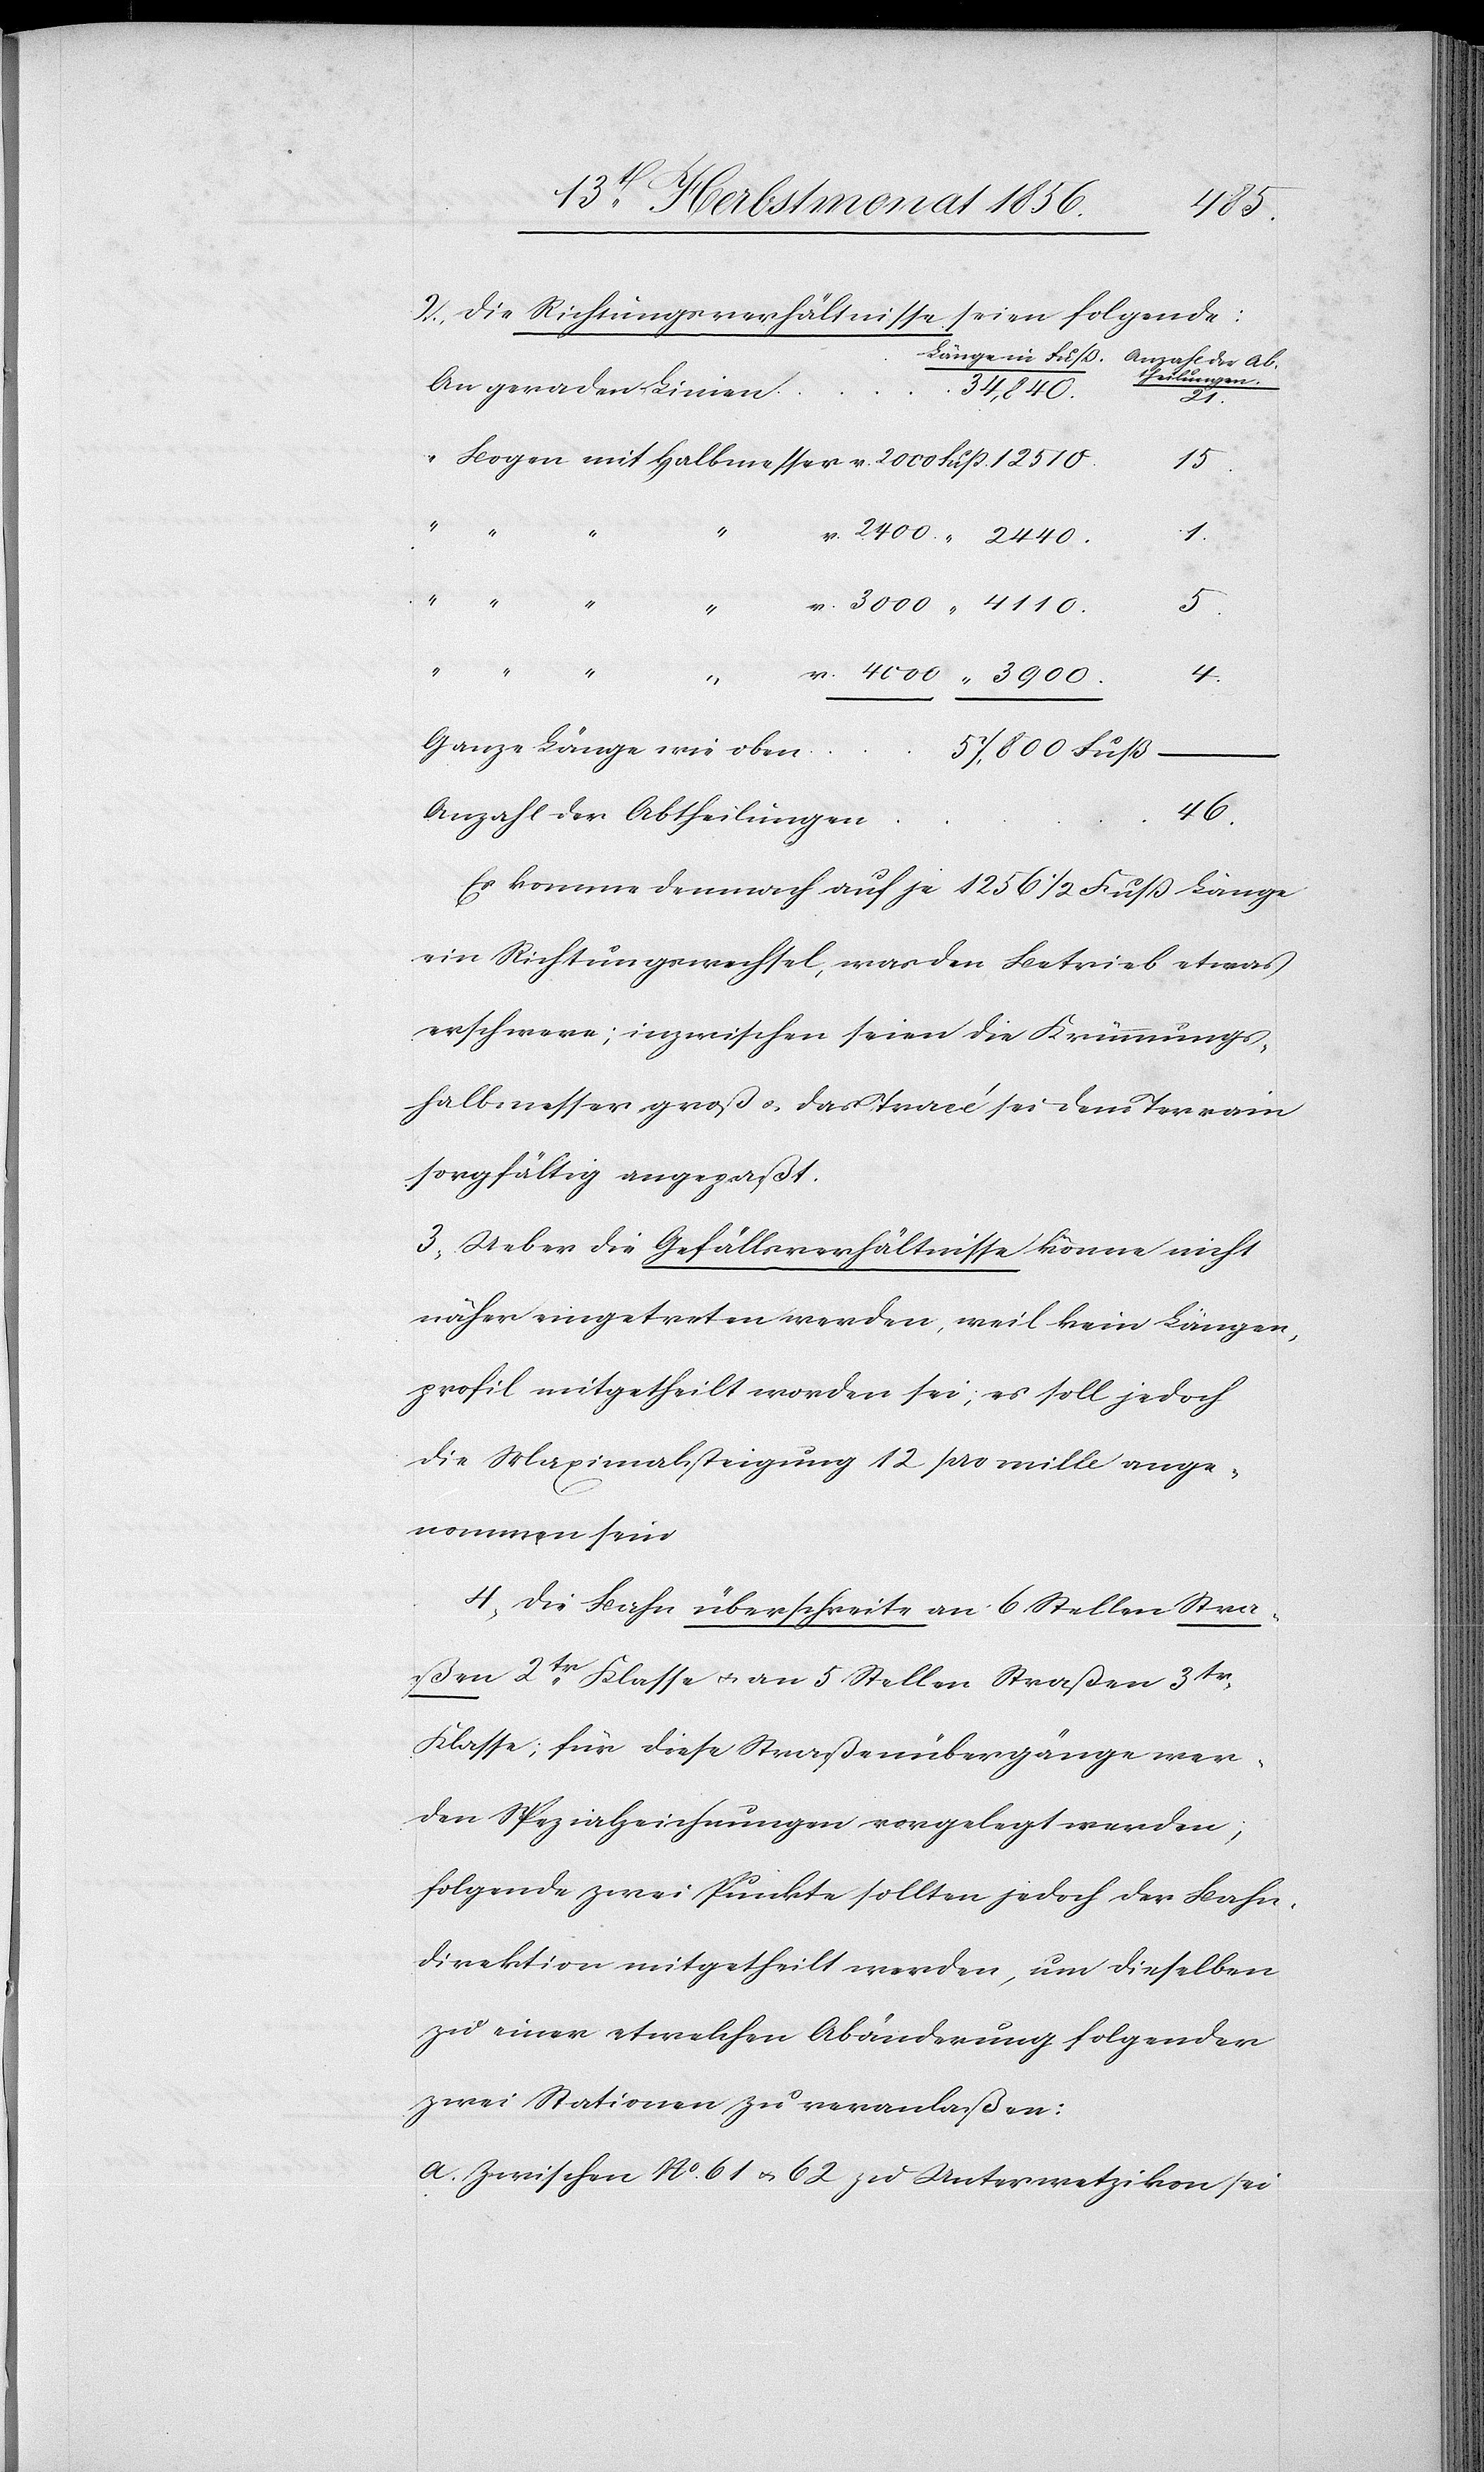
4000
2.) Die Richtungsverhältnisse seien folgende:
theilungen.
34,840.
3900.
2440.
15.
v.
v.
5.
Halbmesser
4.
Ganze Länge wie oben
57,800 Fuß
46.
Anzahl der Abtheilungen
Es komme demnach auf je 1256 ½ Fuß Länge
ein Richtungswechsel, was den Betrieb etwas
erschwere; inzwischen seien die Krümmungs¬
halbmesser groß u. das Tracé sei dem Terrain
sorgfältig angepaßt.
3.) Ueber die Gefällsverhältnisse könne nicht
näher eingetreten werden, weil kein Längen¬
profil mitgetheilt worden sei; es soll jedoch
die Maximalsteigung 12 pro mille ange¬
nommen sein.
4.) Die Bahn überschreite an 6 Stellen Stra¬
ßen 2tr Klasse u. an 5 Stellen Straßen 3tr
Klasse; für diese Straßenübergänge wer¬
den Spezialzeichnungen vorgelegt werden;
folgende zwei Punkte sollten jedoch der Bahn¬
direktion mitgetheilt werden, um dieselben
zu einer etwelchen Abänderung folgender
zwei Stationen zu veranlaßen:
a. Zwischen No 61 u. 62 zu Unterwetzikon sei